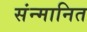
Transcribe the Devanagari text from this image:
संन्मानित